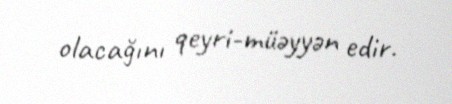
olacağını qeyri-müəyyən edir.